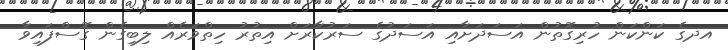
އދގެ ކަންކަން ހުރިގޮތުން އަސަދަށާއި އަސަދުގެ ސަރުކާރަށް އިތުރު ހިތްވަރެއް ލިބިގެން ގޮސްފައިވާ